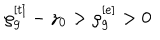
\rho _ { g } ^ { [ t ] } - z _ { 0 } > \rho _ { g } ^ { [ e ] } > 0